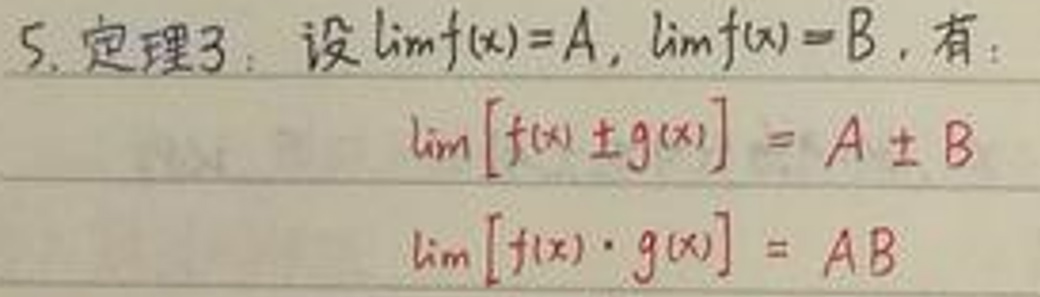
5. 定理3：设$\lim f(x)=A$, $\lim g(x)=B$, 有：
\[
\begin{align*}
\lim [f(x)\pm g(x)]&=A\pm B\\
\lim [f(x)\cdot g(x)]&=AB
\end{align*}
\]